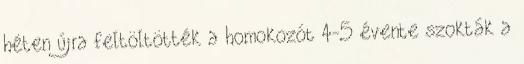
héten újra feltöltötték a homokozót 4-5 évente szokták a